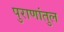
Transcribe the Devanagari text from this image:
पुराणांतुल